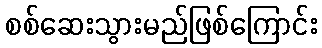
စစ်ဆေးသွားမည်ဖြစ်ကြောင်း